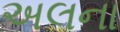
અલના